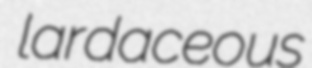
lardaceous